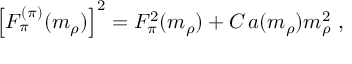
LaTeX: \left[ F _ { \pi } ^ { ( \pi ) } ( m _ { \rho } ) \right] ^ { 2 } = F _ { \pi } ^ { 2 } ( m _ { \rho } ) + C \, a ( m _ { \rho } ) m _ { \rho } ^ { 2 } \ ,